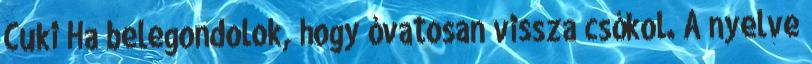
Cuki Ha belegondolok, hogy óvatosan vissza csókol. A nyelve